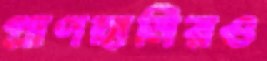
প্রাণহানিরও